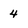
Character: 4